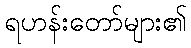
ရဟန်းတော်များ၏